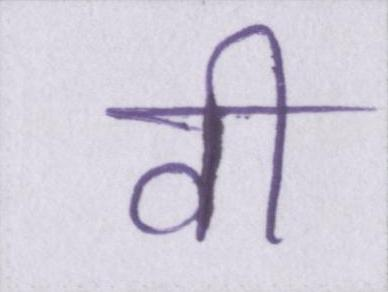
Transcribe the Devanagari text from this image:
वी